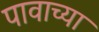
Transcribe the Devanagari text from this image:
पावाच्या